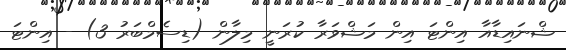
ޝްނައިޑާއާ އިންޓަ އިން މަޝްވަރާ ކުރަނީ މިލާން (ޑިސެމްބަރު 3) - އިންޓަ